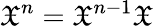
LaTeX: {\mathfrak{X}}^{n}={\mathfrak{X}}^{n-1}{\mathfrak{X}}